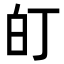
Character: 𭽆